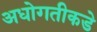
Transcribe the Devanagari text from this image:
अधोगतीकडे